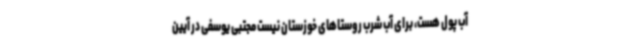
آب پول هست، برای آب شرب روستاهای خوزستان نیست مجتبی یوسفی در آیین